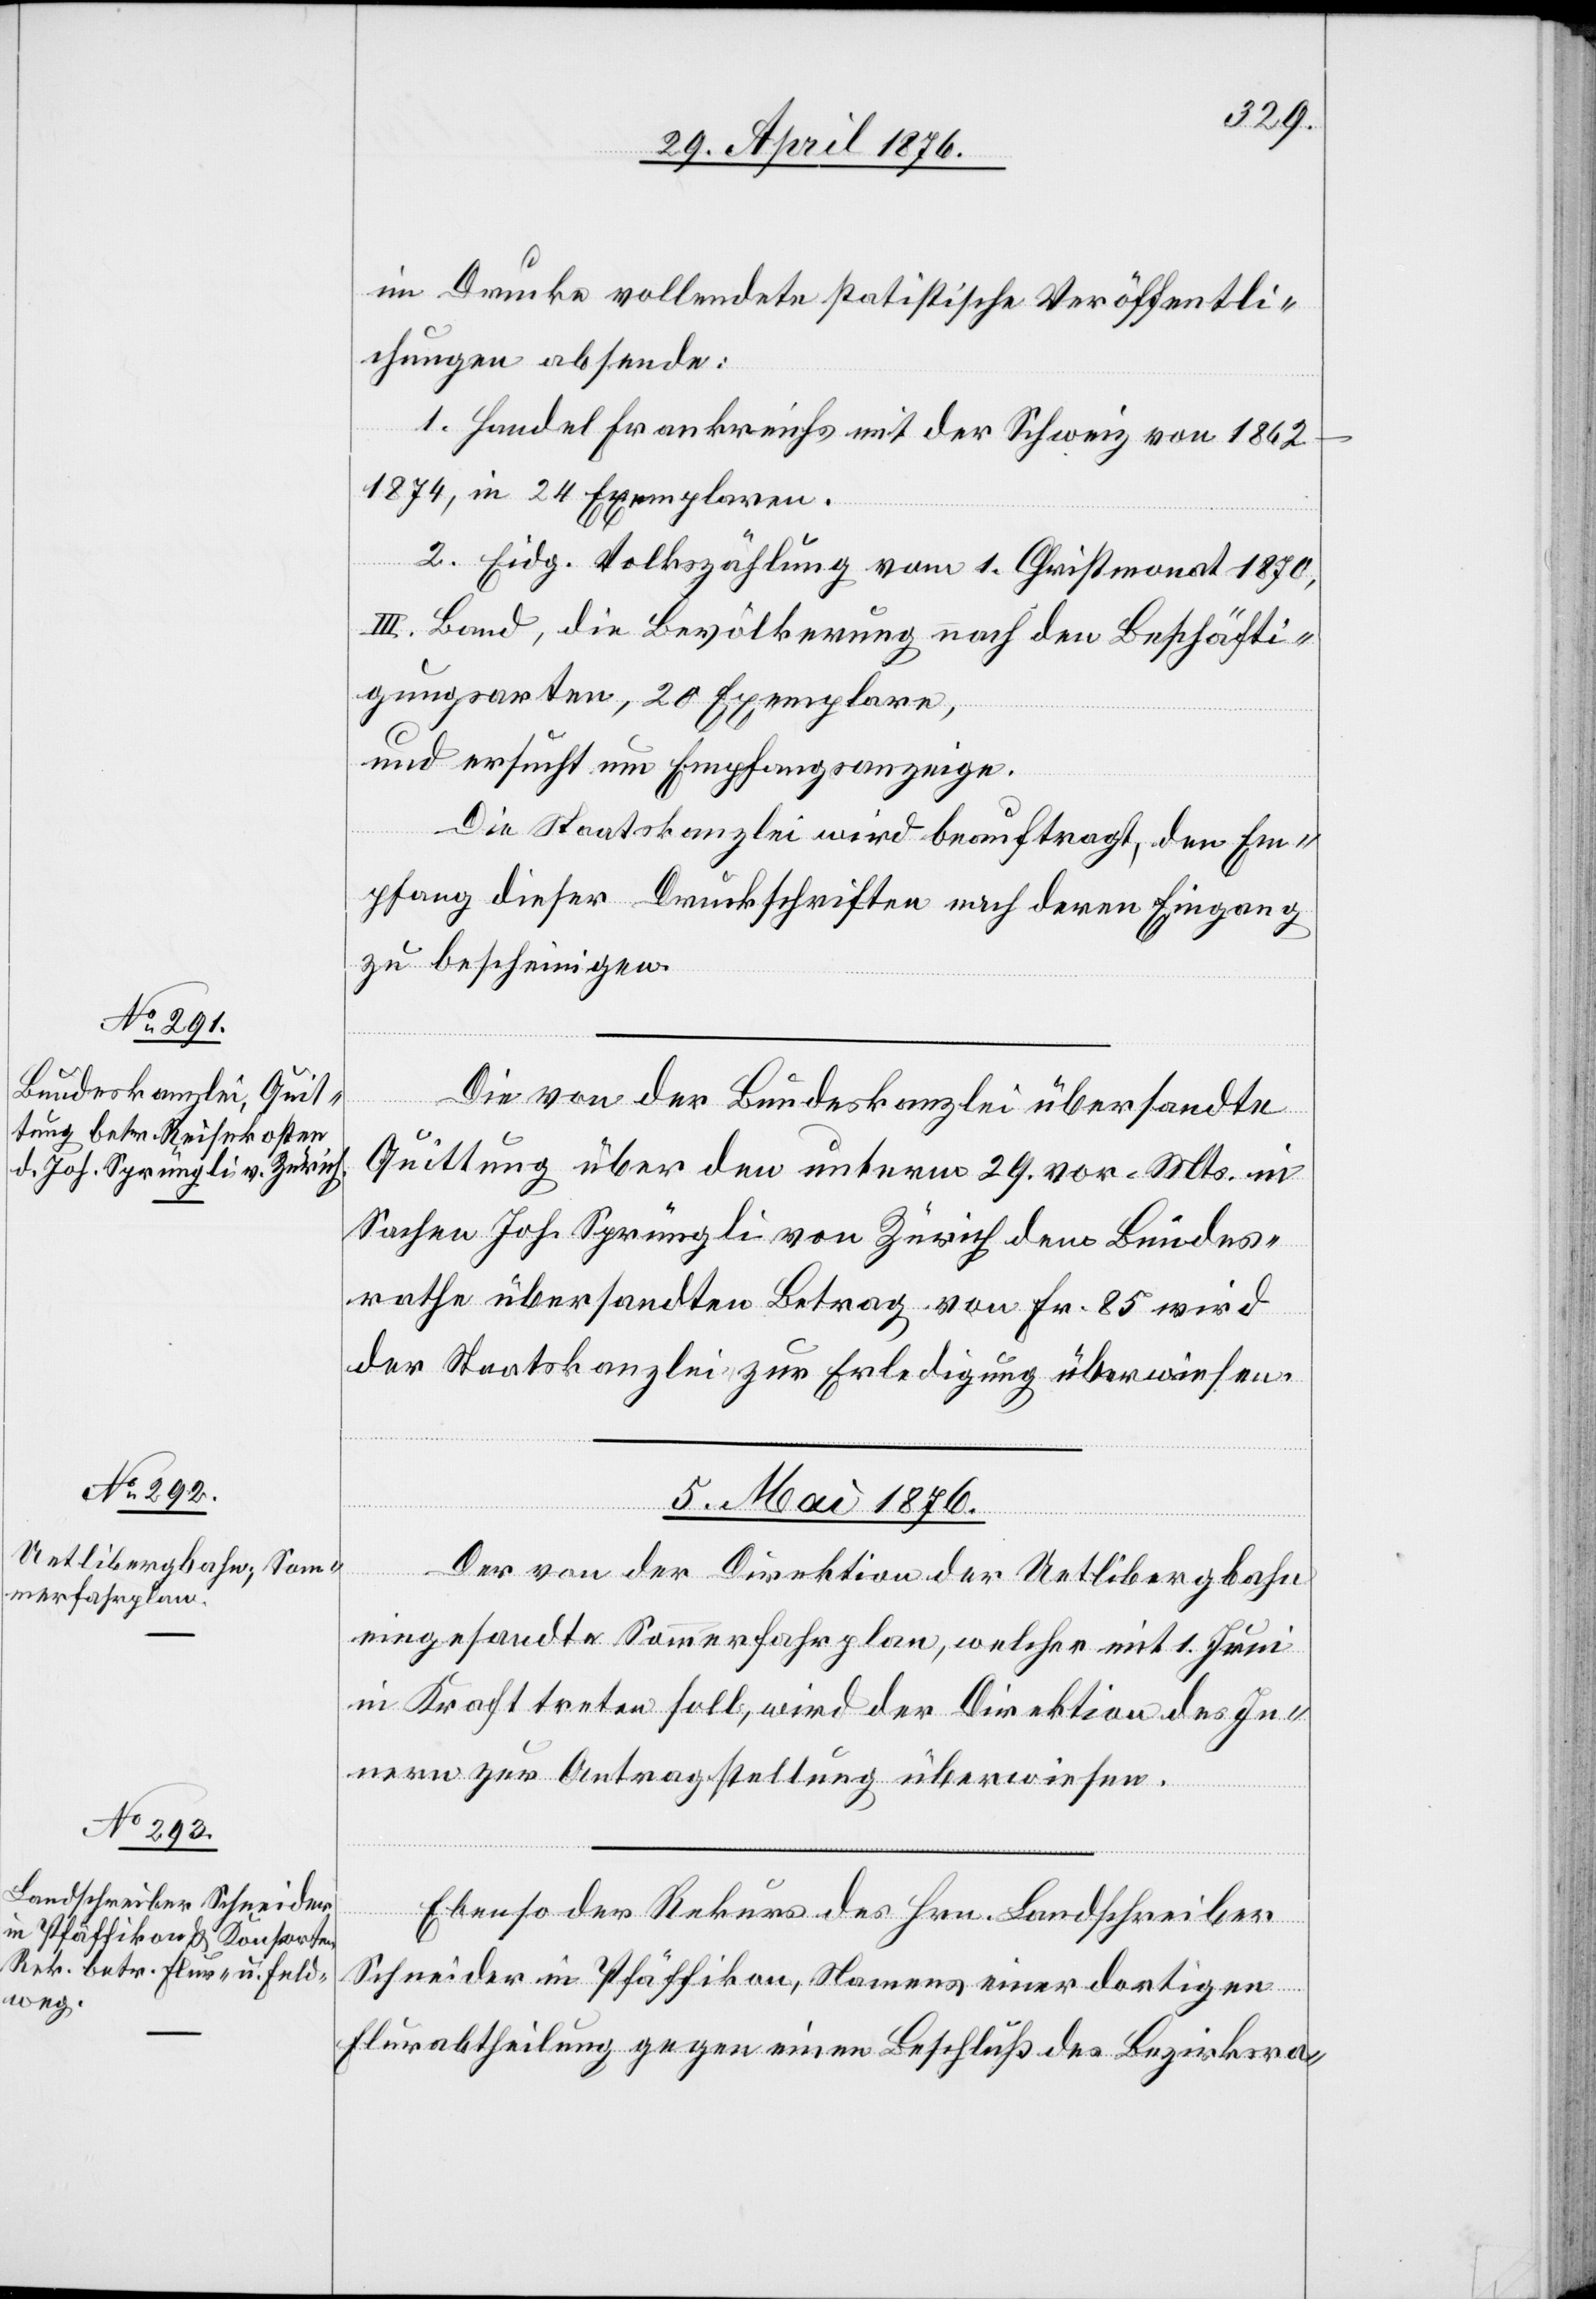
im Drucke vollendete statistische Veröffentli¬
chungen absende:
1. Handel Frankreichs mit der Schweiz von 1862–1874,
in 24 Exemplaren.
2. Eidg. Volkszählung vom 1. Christmonat 1870,
III. Band, die Bevölkerung nach den Beschäfti¬
gungsarten, 20 Exemplare,
und ersucht um Empfangsanzeige.
Die Staatskanzlei wird beauftragt, den Em¬
pfang dieser Druckschriften nach deren Eingang
zu bescheinigen.
Die von der Bundeskanzlei übersandte
Quittung über den unterm 29. vor. Mts. in
Sachen Joh. Sprüngli von Zürich dem Bundes¬
rathe übersandten Betrag von Fr. 85 wird
der Staatskanzlei zur Erledigung überwiesen.
5. Mai 1876.]
Der von der Direktion der Uetlibergbahn
eingesandte Sommerfahrplan, welcher mit 1. Juni
in Kraft treten soll, wird der Direktion des In¬
nern zur Antragstellung überwiesen.
Ebenso der Rekurs des Hrn. Landschreiber
Schneider in Pfäffikon, Namens einer dortigen
Flurabtheilung gegen einen Beschluß des Bezirksra-